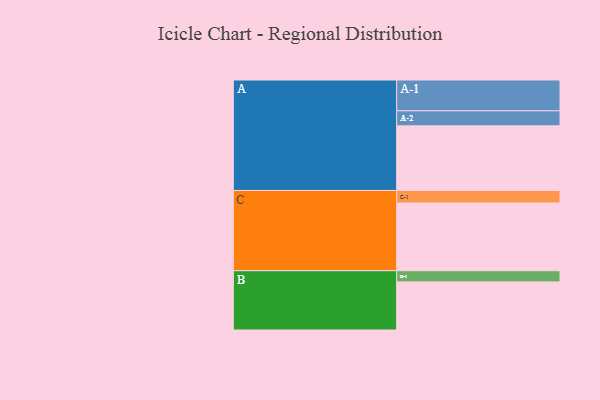
{"axis": {"x": "Segment", "y": "Value"}, "legend": ["", "A", "B", "C"], "data": [{"x": "A", "y": 438, "type": ""}, {"x": "B", "y": 326, "type": ""}, {"x": "C", "y": 459, "type": ""}, {"x": "A-1", "y": 209, "type": "A"}, {"x": "A-2", "y": 102, "type": "A"}, {"x": "B-1", "y": 76, "type": "B"}, {"x": "C-1", "y": 85, "type": "C"}]}